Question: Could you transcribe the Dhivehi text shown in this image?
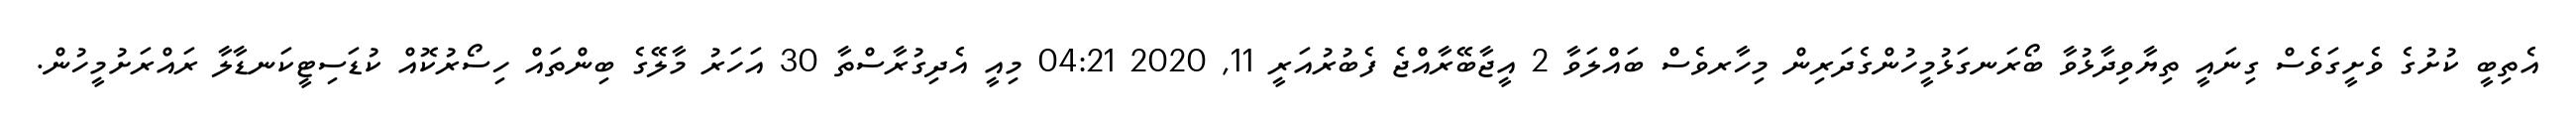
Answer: އެތިބީ ކުށުގެ ވެށީގަވެސް ގިނައީ ތިޔާވިދާޅުވާ ބޯރަނގަޅުމީހުންގެދަރިން މިހާރވެސް ބައްލަވާ 2 އީޖާބޭރާއްޖެ ފެބުރުއަރީ 11, 2020 04:21 މިއީ އެދިގުރާސްތާ 30 އަހަރު މާލޭގެ ބިންތައް ހިސޯރުކޮއް ކުޑަސިޓީކަނޑާލާ ރައްރަށުމީހުން.